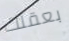
بعقلك